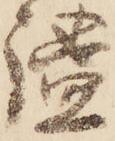
謐